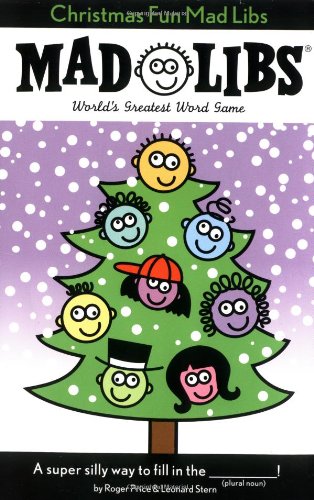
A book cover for Christmas Fun Mad Libs; Roger Price; Children's Books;